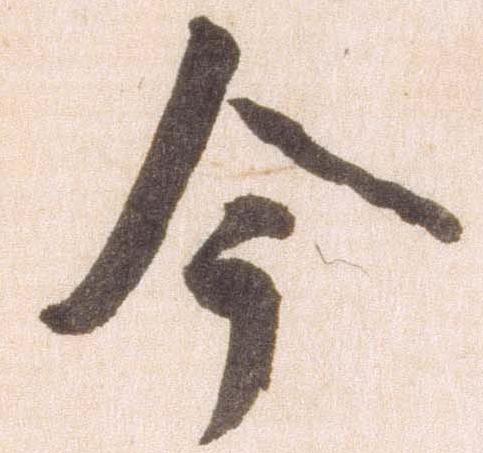
今